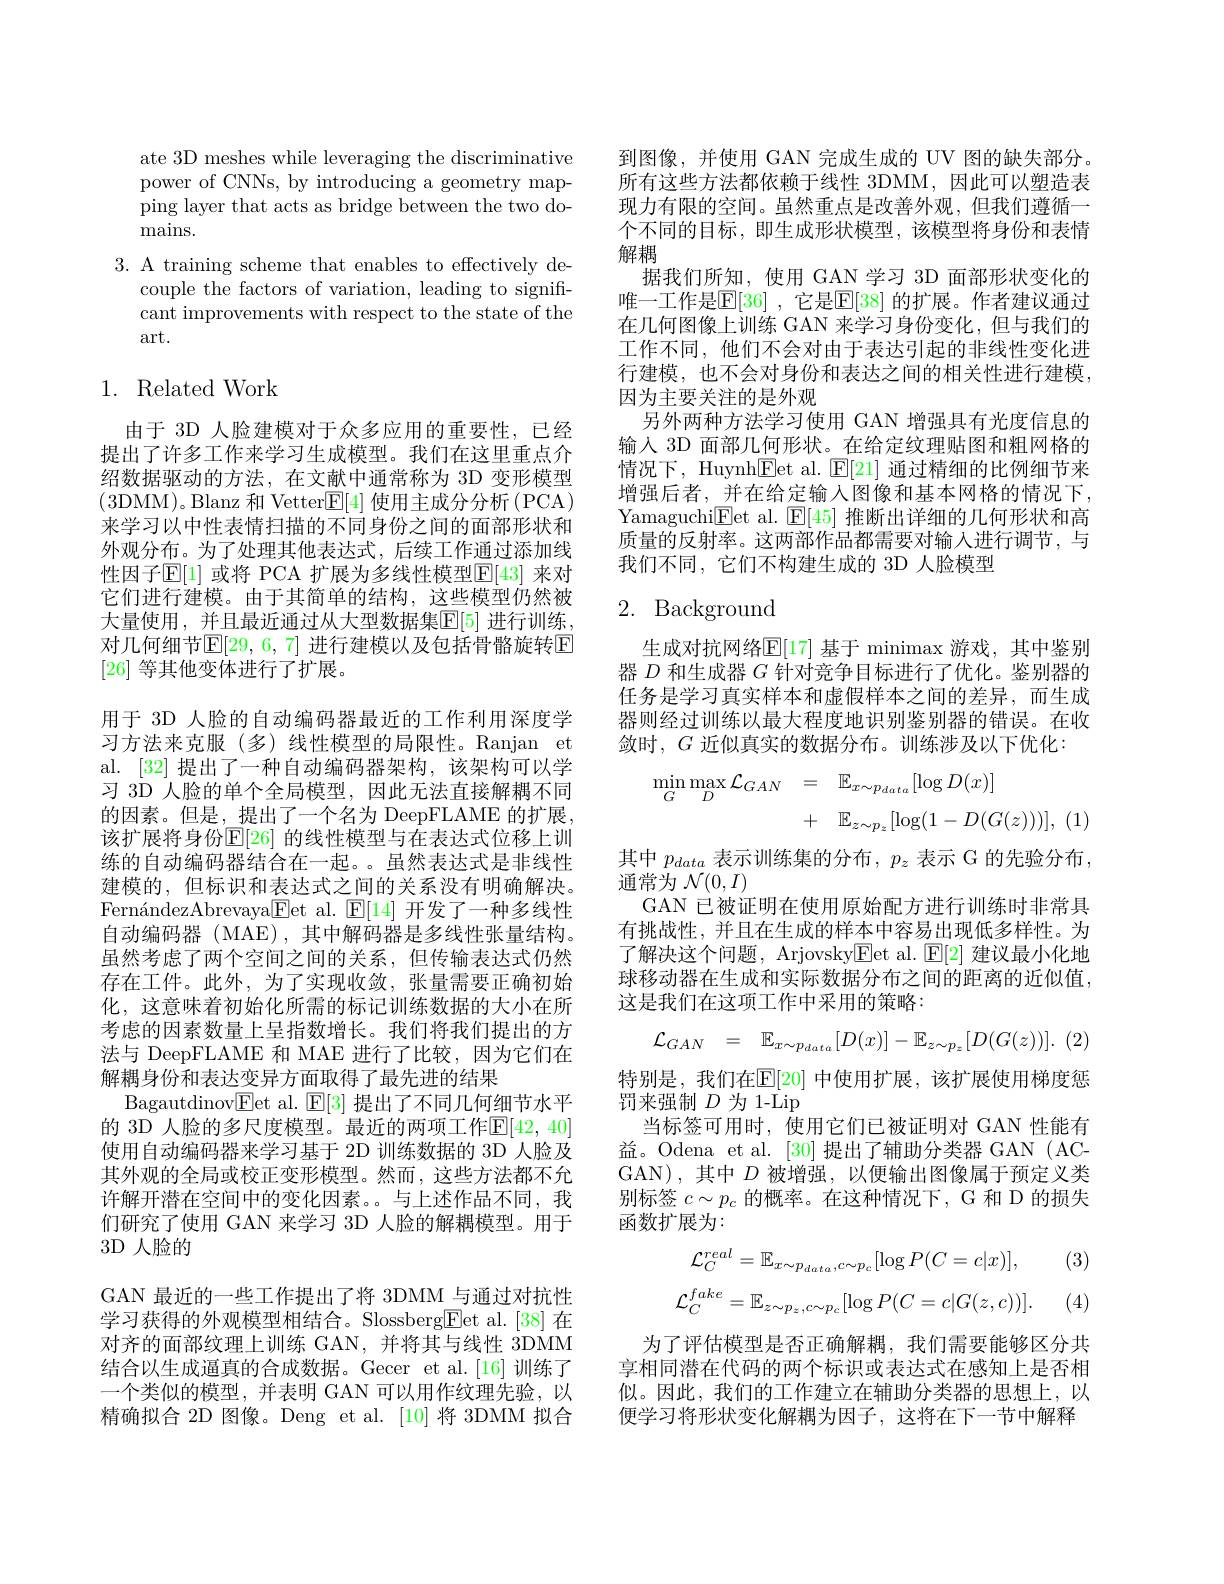
ate 3D meshes while leveraging the discriminative power of CNNs, by introducing a geometry mapping layer that acts as bridge between the two domains.

3. A training scheme that enables to effectively de-
couple the factors of variation, leading to significant improvements with respect to the state of the art.

## 1. Related Work

由于 3D 人脸建模对于众多应用的重要性，已经提出了许多工作来学习生成模型。我们在这里重点介绍数据驱动的方法，在文献中通常称为 3D 变形模型(3DMM)。Blanz 和 Vetter$\overline{\mathrm{E}}[4]$ 使用主成分分析(PCA) 来学习以中性表情扫描的不同身份之间的面部形状和外观分布。为了处理其他表达式，后续工作通过添加线性因子$\mathbb{E}[$1] 或将 PCA 扩展为多线性模型$\mathbb{E}[43]$ 来对它们进行建模。由于其简单的结构，这些模型仍然被大量使用，并且最近通过从大型数据集$\mathbb{E}[5]$ 进行训练， 对几何细节$\mathbb{E}[29,6,7]$ 进行建模以及包括骨骼旋转$\mathbb{E}$ [26]等其他变体进行了扩展。
用于 3D 人脸的自动编码器最近的工作利用深度学习方法来克服(多)线性模型的局限性。Ranjan et al. [32] 提出了一种自动编码器架构，该架构可以学习 3D 人脸的单个全局模型，因此无法直接解耦不同的因素。但是，提出了一个名为 DeepFLAME 的扩展， 该扩展将身份$\mathbb{E}[26]$ 的线性模型与在表达式位移上训练的自动编码器结合在一起。。虽然表达式是非线性建模的，但标识和表达式之间的关系没有明确解决。FernándezAbrevaya$\underline{\mathrm{F}}$et al.$\underline{\mathrm{E}}[14]$开发了一种多线性自动编码器(MAE),其中解码器是多线性张量结构。虽然考虑了两个空间之间的关系，但传输表达式仍然存在工件。此外，为了实现收敛，张量需要正确初始化，这意味着初始化所需的标记训练数据的大小在所考虑的因素数量上呈指数增长。我们将我们提出的方法与 DeepFLAME 和 MAE 进行了比较，因为它们在解耦身份和表达变异方面取得了最先进的结果
Bagautdinov$\underline{\mathrm{Eet~al.~}}\underline{\mathrm{E[3]~提出了不同几何细节水平}}$ 的 3D 人脸的多尺度模型。最近的两项工作$\mathbb{E}[42,40]$ 使用自动编码器来学习基于 2D 训练数据的 3D 人脸及其外观的全局或校正变形模型。然而，这些方法都不允许解开潜在空间中的变化因素。与上述作品不同，我们研究了使用 GAN 来学习 3D 人脸的解耦模型。用于3D 人脸的
GAN 最近的一些工作提出了将 3DMM 与通过对抗性学习获得的外观模型相结合。Slossberg$\boxed{\mathrm{Fet~al.[38]}}$在对齐的面部纹理上训练 GAN,并将其与线性 3DMM 结合以生成逼真的合成数据。Gecer et al.[16]训练了一个类似的模型，并表明 GAN 可以用作纹理先验，以精确拟合 2D 图像。Deng et al.[10]将 3DMM 拟合

到图像，并使用 GAN 完成生成的 UV 图的缺失部分。所有这些方法都依赖于线性 3DMM,因此可以塑造表现力有限的空间。虽然重点是改善外观，但我们遵循一个不同的目标，即生成形状模型，该模型将身份和表情解耦
据我们所知，使用 GAN 学习 3D 面部形状变化的唯一工作是$\overline{\mathbb{E}}[36]$ ,它是$\mathbb{E}[38]$ 的扩展。作者建议通过在几何图像上训练 GAN 来学习身份变化，但与我们的工作不同，他们不会对由于表达引起的非线性变化进行建模，也不会对身份和表达之间的相关性进行建模， 因为主要关注的是外观
另外两种方法学习使用 GAN 增强具有光度信息的输入 3D 面部几何形状。在给定纹理贴图和粗网格的情况下，Huynh$\underline{\mathrm{Eet~al.~}}\underline{\mathrm{E}}[21]$通过精细的比例细节来增强后者，并在给定输入图像和基本网格的情况下， Yamaguchi$\underline{\mathrm{Eet~al.~}}\underline{\mathrm{E[45]~推断出详细的几何形状和高}}$ 质量的反射率。这两部作品都需要对输入进行调节，与我们不同，它们不构建生成的 3D 人脸模型

## 2. Background

生成对抗网络$\mathbb{E}[17]$ 基于 minimax 游戏，其中鉴别器$D$和生成器$G$针对竞争目标进行了优化。鉴别器的任务是学习真实样本和虚假样本之间的差异，而生成器则经过训练以最大程度地识别鉴别器的错误。在收敛时，$G$近似真实的数据分布。训练涉及以下优化：
$$\begin{aligned}\min_{G}\max_{D}\mathcal{L}_{GAN}&=\quad\mathbb{E}_{x\sim p_{data}}[\log D(x)]\\&+\quad\mathbb{E}_{z\sim p_{z}}[\log(1-D(G(z)))],\:(\end{aligned}$$
其中$p_{data}$表示训练集的分布，$p_z$表示 G 的先验分布，
通常为$\mathcal{N}(0,I)$
GAN 已被证明在使用原始配方进行训练时非常具有挑战性，并且在生成的样本中容易出现低多样性。为了解决这个问题，Arjovsky$\underline{\mathrm{Eet~al.~}}\underline{\mathrm{E[2]~}}$建议最小化地球移动器在生成和实际数据分布之间的距离的近似值， 这是我们在这项工作中采用的策略：
$$\mathcal{L}_{GAN}\:=\:\mathbb{E}_{x\sim p_{data}}[D(x)]-\mathbb{E}_{z\sim p_{z}}[D(G(z))].$$
特别是，我们在$\mathbb{E}[20]$ 中使用扩展，该扩展使用梯度惩
罚来强制$D$为 1-Lip
当标签可用时，使用它们已被证明对 GAN 性能有益。Odena et al. [30] 提出了辅助分类器 GAN (ACGAN),其中$D$被增强，以便输出图像属于预定义类别标签$c\sim p_c$的概率。在这种情况下，G 和 D 的损失函数扩展为：

(3)
$$\mathcal{L}_{C}^{real}=\mathbb{E}_{x\sim p_{data},c\sim p_{c}}[\log P(C=c|x)],\\\mathcal{L}_{C}^{fake}=\mathbb{E}_{z\sim p_{z},c\sim p_{c}}[\log P(C=c|G(z,c))]$$
为了评估模型是否正确解耦，我们需要能够区分共享相同潜在代码的两个标识或表达式在感知上是否相似。因此，我们的工作建立在辅助分类器的思想上，以便学习将形状变化解耦为因子，这将在下一节中解释